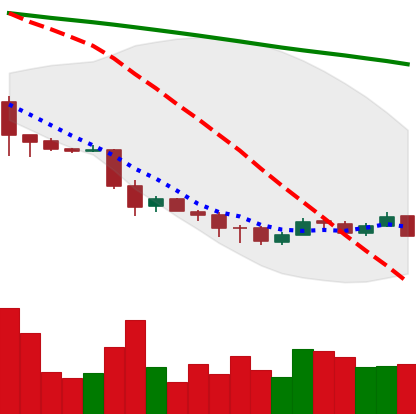
Ticker: ETC-USD
Chart end date: 2018-12-03
Forward return: -14.488%
Label: down_7plus